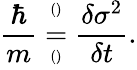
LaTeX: \frac{\hbar}{m}\overset{^{()}}{\underset{^{()}}{=}}\frac{\delta\sigma^{2}}{\delta t}.